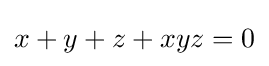
x+y+z+xyz=0